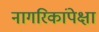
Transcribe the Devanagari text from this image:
नागरिकांपेक्षा